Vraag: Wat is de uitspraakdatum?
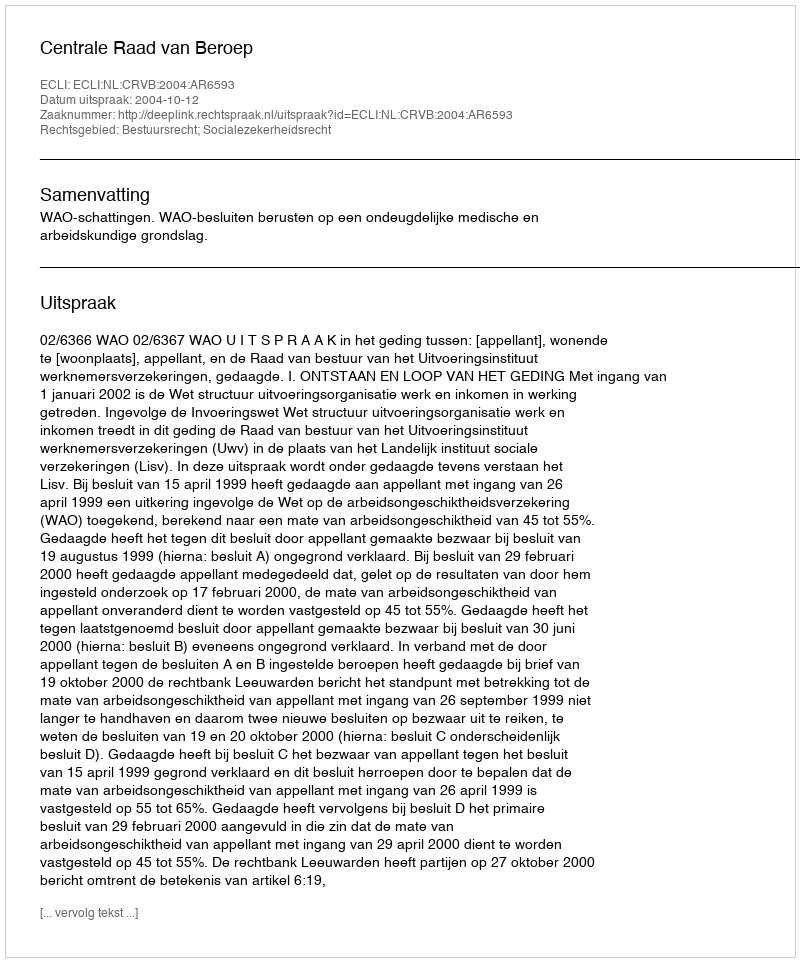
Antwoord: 2004-10-12